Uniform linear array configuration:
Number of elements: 8
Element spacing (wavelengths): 0.25
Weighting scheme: kaiser
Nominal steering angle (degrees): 60
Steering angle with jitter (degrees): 61.409
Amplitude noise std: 0.05
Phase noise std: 0.05

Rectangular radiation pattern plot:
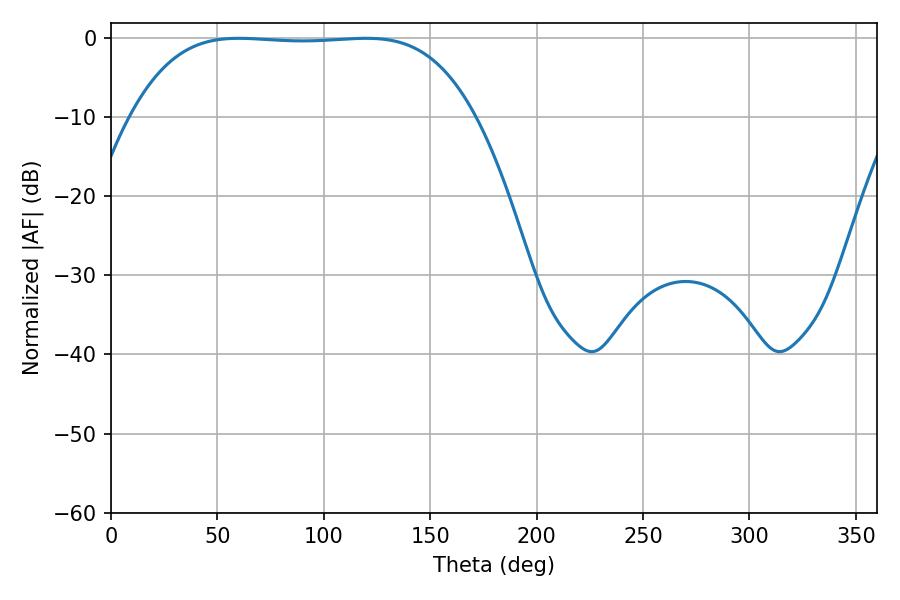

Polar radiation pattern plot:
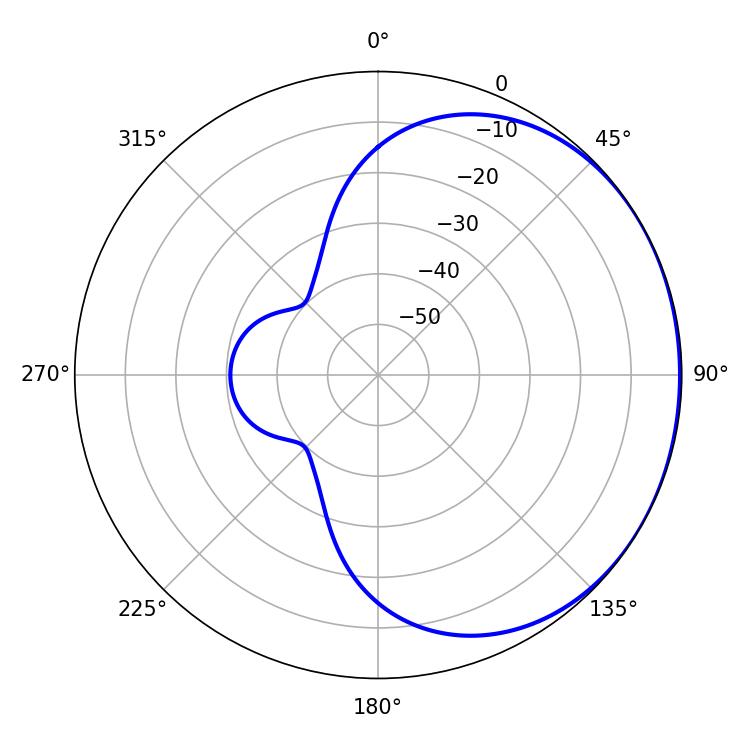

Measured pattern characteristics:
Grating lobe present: FALSE
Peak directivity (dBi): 0.7356
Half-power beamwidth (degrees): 124.56
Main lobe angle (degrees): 59.94